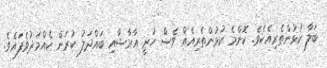
ބަލާ ކުޅުންތެރިއެކެވެ. ކޮންމެ ކުޅުންތެރިއެއް ވެސް ހުރީ އާރާޝާއި ބައްދަލު ކުރަން ކެއްމަދުވެފައެވެ.